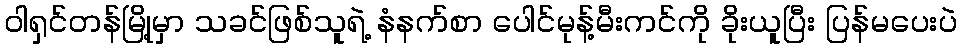
ဝါရှင်တန်မြို့မှာ သခင်ဖြစ်သူရဲ့ နံနက်စာ ပေါင်မုန့်မီးကင်ကို ခိုးယူပြီး ပြန်မပေးပဲ